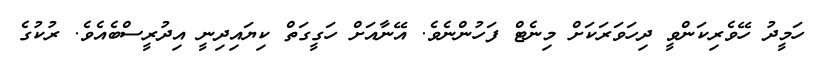
ހަމީދު ހޭވެރިކަންވީ ދިހަވަރަކަށް މިނެޓް ފަހުންނެވެ. އޭނާއަށް ހަގީގަތް ކިޔައިދިނީ އިދުރީސްބެއެވެ. ރުކުގެ